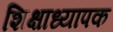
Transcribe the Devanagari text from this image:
शिक्षाध्यापक